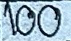
100